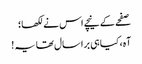
صفحے کے نیچے اس نے لکھا؛
آہ، کیا ہی برا سال تھا یہ !